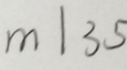
m \vert 3 5